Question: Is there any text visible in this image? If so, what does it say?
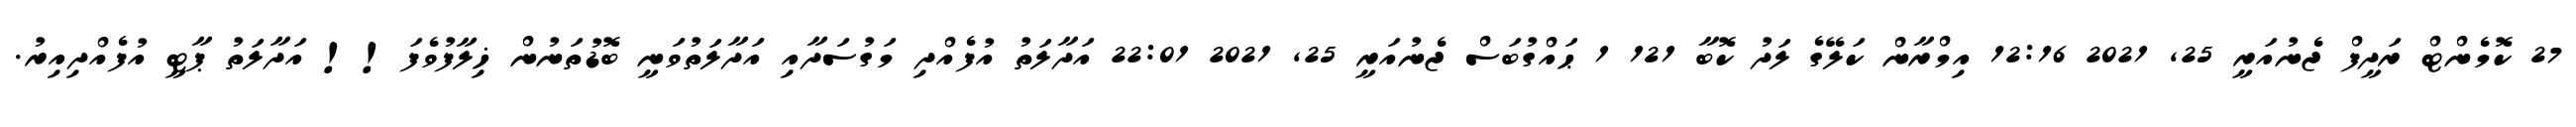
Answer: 27 ކޮމެންޓް ރަދީފް ޖެނުއަރީ 25, 2021 12:16 އިމްރާން ކަލޭގެ ލަދު ކޮބާ 121 1 ޙައްގުބަސް ޖެނުއަރީ 25, 2021 22:01 އަދާލަތު އުފެއްދި މަގުސަދާއި އަދާލަތުވަނީ ބޮޑުތަނުން ޚިލާފުވެފަ!! އަދާލަތު ޕާޓީ އުފެއްދިއިރު.